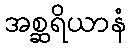
အစ္ဆရိယာနံ